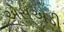
એસએડી